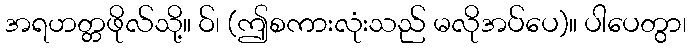
အရဟတ္တဖိုလ်သို့။ ဝ်၊ (ဤစကားလုံးသည် မလိုအပ်ပေ)။ ပါပေတွာ၊